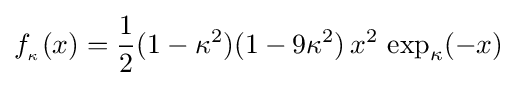
f_{_{\kappa }}(x)={\frac {1}{2}}(1-\kappa ^{2})(1-9\kappa ^{2})\,x^{2}\,\exp _{\kappa }(-x)